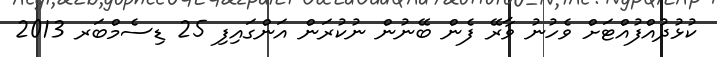
ކުޅުދުއްފުއްޓަށް ވެހުނު ވާރޭ ފެން ބޭނުން ނުކުރަން އަންގައިފި 25 ޑިސެމްބަރ 2013